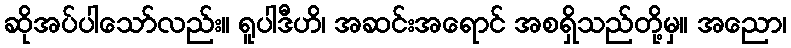
ဆိုအပ်ပါသော်လည်း။ ရူပါဒီဟိ၊ အဆင်းအရောင် အစရှိသည်တို့မှ။ အညော၊